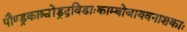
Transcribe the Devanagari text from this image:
पौण्ड्रकाश्चोंड्रद्रविडाःकाम्बोजायवनाशकाः